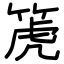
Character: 箎